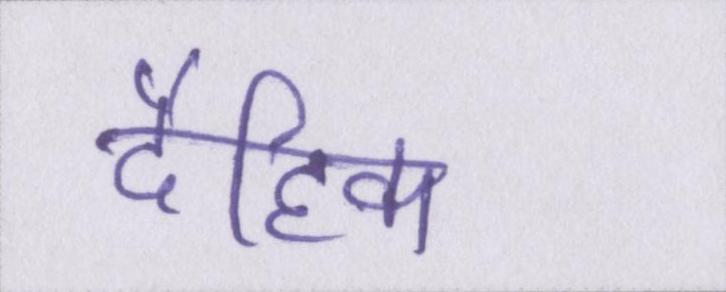
दैहिक